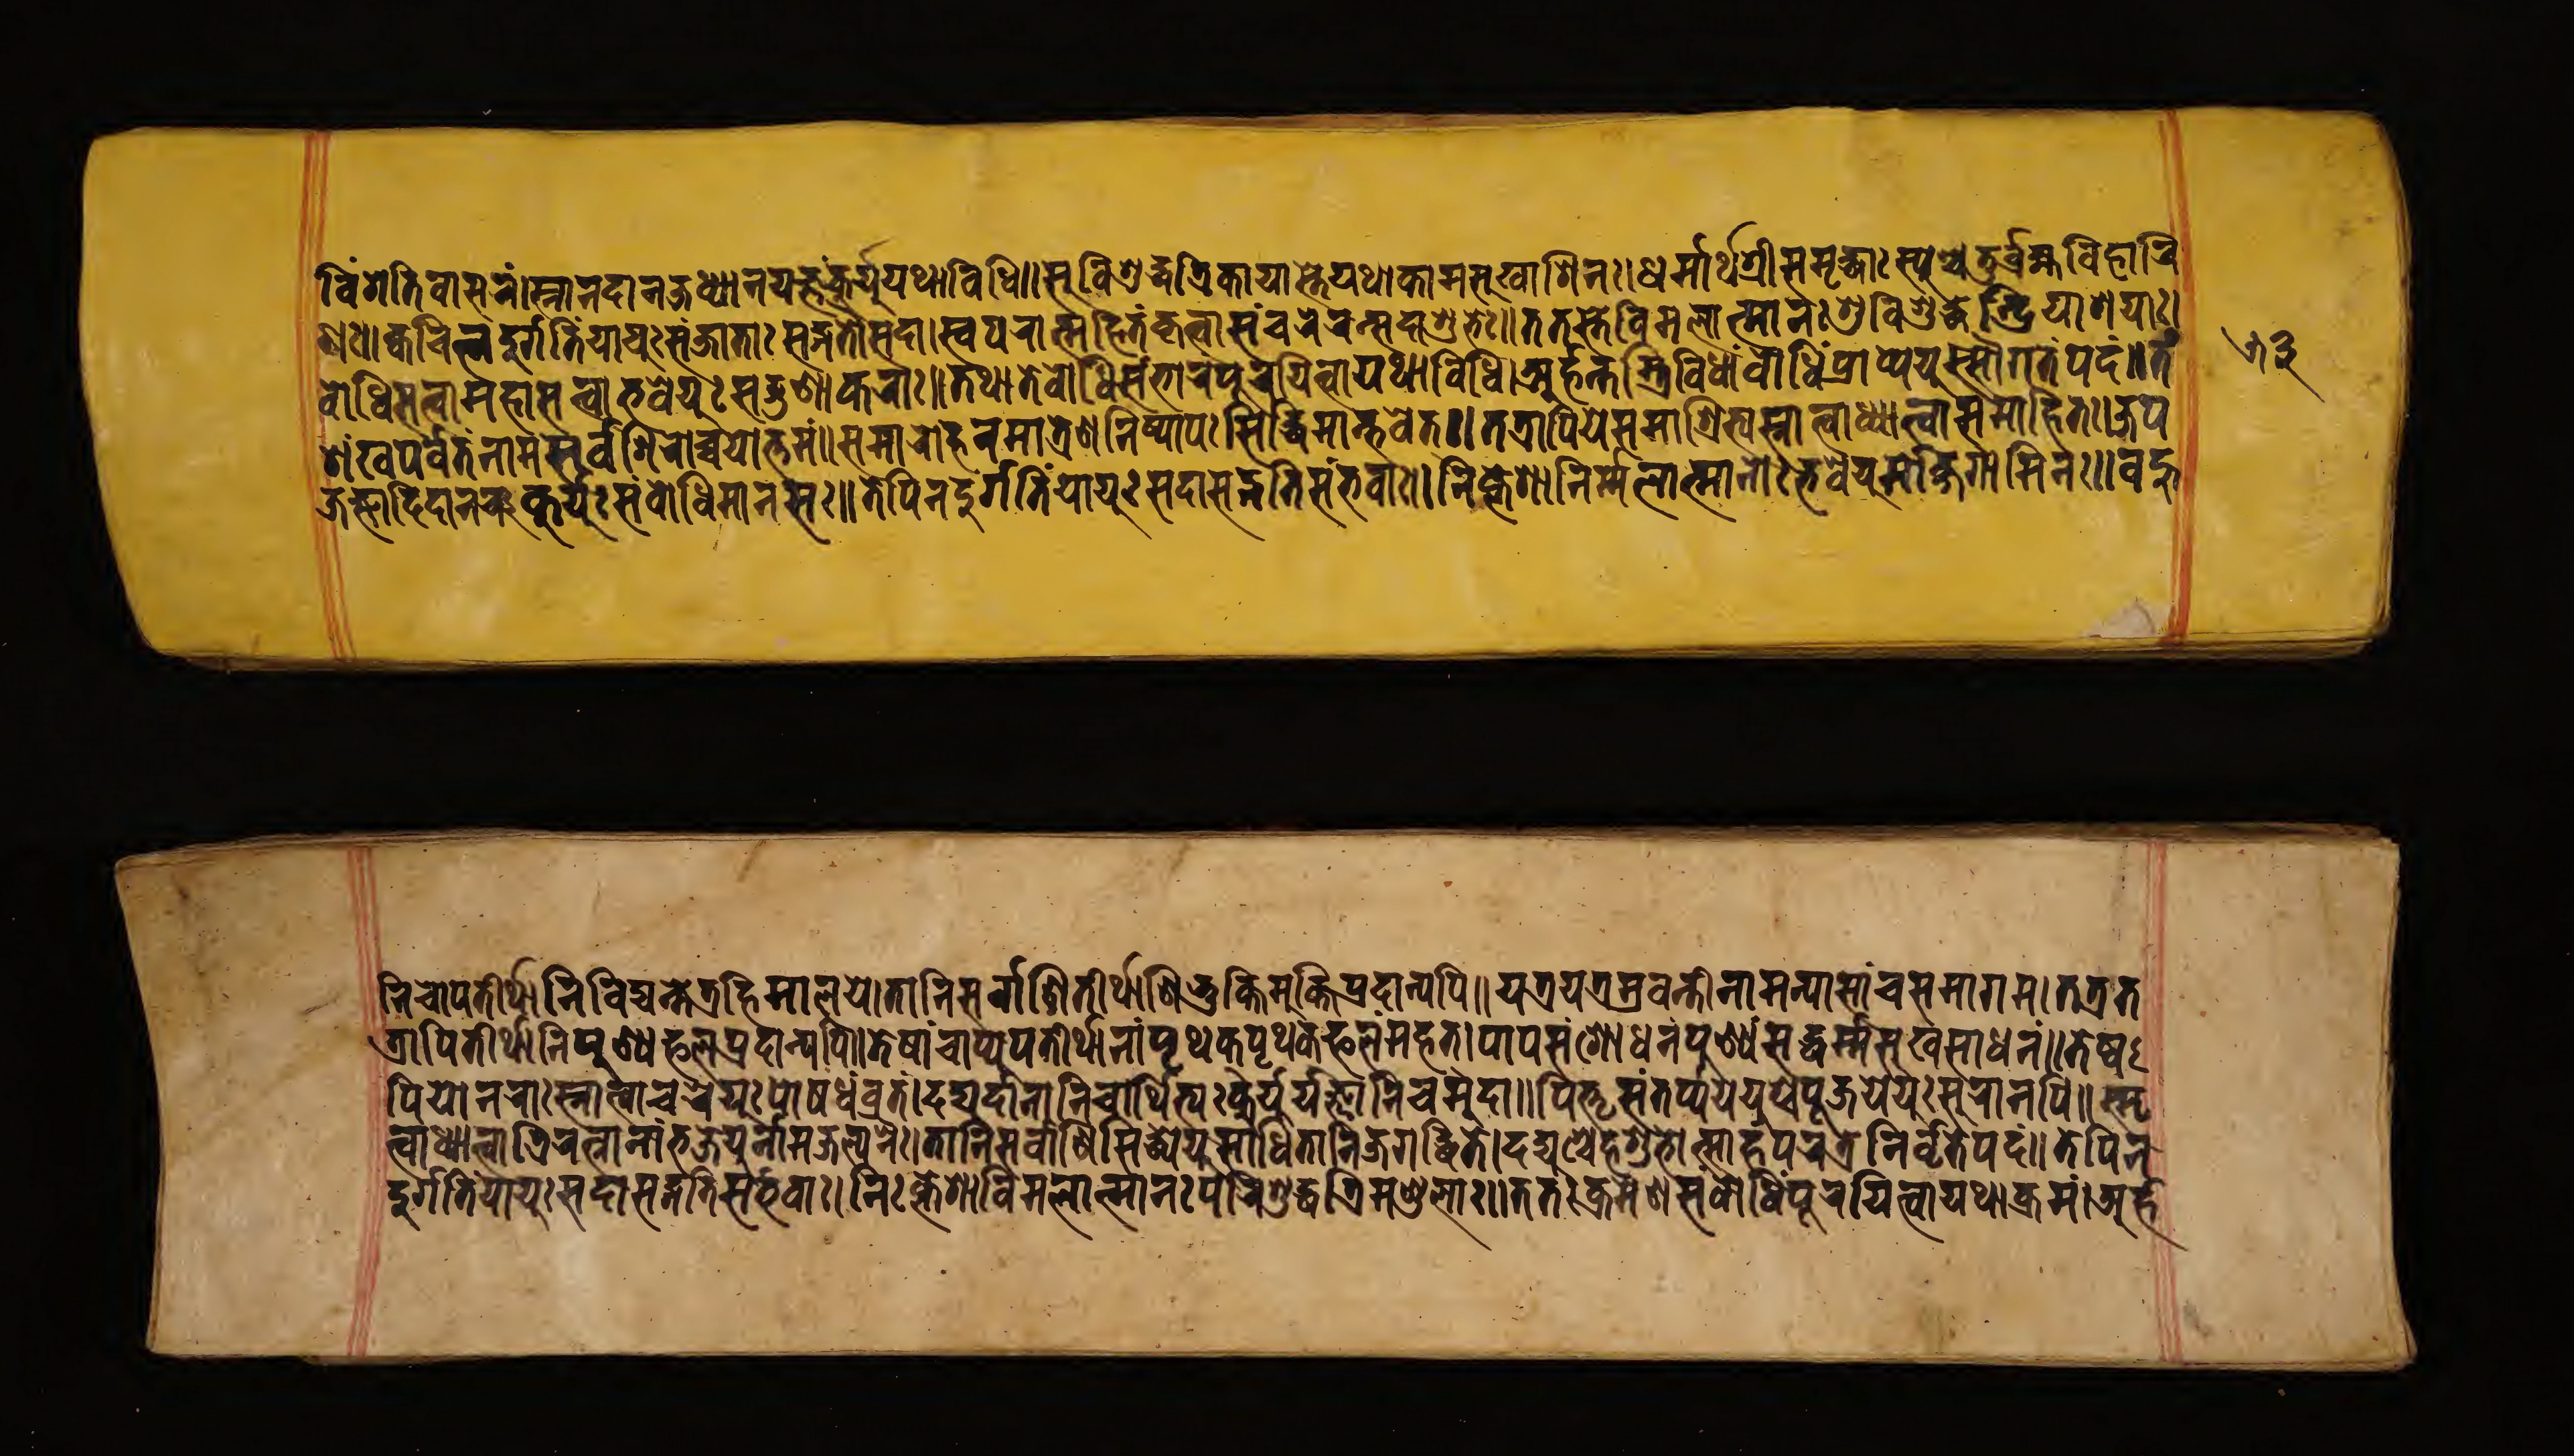
𑐰𑐶𑑄𑐳𑐟𑐶𑐰𑐵𑐳𑐬𑑄।𑐳𑑂𑐣𑐵𑐣𑐡𑐵𑐣𑐖𑐥𑐢𑑂𑐫𑐵𑐣𑑄𑐫𑐖𑑂𑐘𑑄𑐎𑐸𑐬𑑂𑐫𑐸𑐬𑑂𑐫𑐸𑐫𑐠𑐵𑐰𑐶𑐢𑐶𑑅॥𑐱𑐸𑐰𑐶𑐱𑐸𑐡𑑂𑐢𑐟𑑂𑐬𑐶𑐎𑐵𑐫𑐵𑐳𑑂𑐟𑐾𑐫𑐠𑐵𑐎𑐵𑐩𑐳𑐸𑐏𑐵𑐱𑐶𑐣𑑅॥𑐢𑐩𑐵𑐬𑑂𑐠𑑄𑐱𑑂𑐬𑐷𑐳𑐩𑐺𑐡𑑂𑐢𑐵𑑅𑐳𑑂𑐫𑐸𑐱𑑂𑐔𑐟𑐸𑐬𑑂𑐧𑑂𑐬𑐴𑑂𑐩𑐰𑐶𑐴𑐵𑐬𑐶 𑐞𑑅॥𑐎𑑂𑐰𑐔𑐶𑐣𑑂𑐣𑐡𑐸𑐬𑑂𑐐𑑂𑐐𑐟𑐶𑑄𑐫𑐵𑐫𑐸𑑅𑐳𑑄𑐖𑐵𑐟𑐵𑐳𑐡𑑂𑐐𑐟𑑀𑐳𑐡𑐵।𑐳𑑂𑐰𑐥𑐬𑐵𑐟𑑂𑐩𑐴𑐶𑐟𑑄𑐎𑐺𑐟𑑂𑐰𑐵𑐳𑑄𑐔𑐬𑐾𑐣𑑂𑐳𑐡𑐵𑐱𑐸𑐨𑐾॥𑐟𑐟𑐳𑑂𑐟𑐾𑐰𑐶𑐩𑐮𑐵𑐟𑑂𑐩𑐵𑐣𑑀𑐳𑐸𑐰𑐶𑐱𑐸𑐡𑑂𑐢𑐾𑐣𑑂𑐡𑑂𑐬𑐶𑐫𑐵𑐱𑐫𑐵𑑅। 𑐧𑑀𑐢𑐶𑐳𑐟𑑂𑐟𑑂𑐰𑐵𑐩𑐴𑐵𑐳𑐟𑑂𑐟𑑂𑐰𑐵𑑅𑐨𑐰𑐾𑐫𑐸𑑅𑐳𑐡𑑂𑐐𑐸𑐞𑐵𑐎𑐬𑐵𑑅॥𑐟𑐠𑐵𑐟𑐾𑐧𑑀𑐢𑐶𑐳𑑄𑐨𑐵𑐬𑑄𑐥𑐹𑐬𑐫𑐶𑐟𑑂𑐰𑐵𑐫𑐠𑐵𑐰𑐶𑐢𑐶𑑅।𑐀𑐬𑑂𑐴𑐣𑑂𑐟𑐳𑑂𑐟𑑂𑐬𑐶𑐰𑐶𑐢𑐵𑑄𑐧𑑀𑐢𑐶𑐥𑑂𑐬𑐵𑐥𑑂𑐫𑐾𑐫𑐸𑑅𑐳𑑁𑐐𑐟𑑄𑐥𑐡𑑄॥𑐟𑑄 𑐱𑑄𑐏𑐥𑐬𑑂𑐰𑐟𑐣𑐵𑐩𑐳𑐬𑑂𑐰𑐱𑐶𑐮𑑀𑐔𑑂𑐔𑐫𑑀𑐟𑑂𑐟𑐩𑑄॥𑐳𑐩𑐵𑐬𑑀𑐴𑐞𑐩𑐵𑐟𑑂𑐬𑐾𑐞𑐣𑐶𑐲𑑂𑐞𑐵𑐫𑐾𑑅𑐳𑐶𑐡𑑂𑐢𑐶𑐩𑐵𑐣𑑂𑐨𑐰𑐾𑐟𑑂॥𑐟𑐟𑑂𑐬𑐵𑐥𑐶𑐫𑐾𑐳𑐩𑐵𑐱𑑂𑐬𑐶𑐟𑑂𑐫𑐳𑑂𑐣𑐵𑐟𑑂𑐰𑐵𑐢𑑂𑐫𑐵𑐟𑑂𑐰𑐵𑐳𑐩𑐵𑐴𑐶𑐟𑑅।𑐖𑐥𑐫 𑐖𑑂𑐘𑐵𑐡𑐶𑐡𑐵𑐣𑑄𑐔𑐎𑐸𑐬𑑂𑐫𑐸𑑅𑐳𑑄𑐧𑑀𑐢𑐶𑐩𑐵𑐣𑐳𑐵𑑅॥𑐟𑐾𑐥𑐶𑐣𑐡𑐸𑐬𑑂𑐐𑐟𑐶𑑄𑐫𑐵𑐫𑐸𑑅𑐳𑐡𑐵𑐳𑐡𑑂𑐐𑐟𑐶𑐳𑑄𑐨𑐰𑐵𑑅॥𑐣𑐶𑑅𑐎𑑂𑐮𑐾𑐱𑐵𑐣𑐶𑐬𑑂𑐩𑑂𑐩𑐮𑐵𑐟𑑂𑐩𑐵𑐣𑑅𑐨𑐰𑐾𑐫𑐸𑐬𑑂𑐩𑑀𑐖𑐐𑐵𑐩𑐶𑐣𑑅॥𑐰𑐴𑐹 𑐣𑐶𑐔𑑀𑐥𑐟𑐷𑐬𑑂𑐠𑐵𑐣𑐶𑐰𑐶𑐡𑑂𑐫𑐣𑑂𑐟𑐾𑐟𑑂𑐬𑐴𑐶𑐩𑐵𑐮𑐫𑐾।𑐟𑐵𑐣𑐶𑐟𑐷𑐬𑑂𑐠𑐵𑐣𑐶𑐳𑐬𑑂𑐰𑐵𑐞𑐶𑐨𑐸𑐎𑑂𑐟𑐶𑐩𑐸𑐎𑑂𑐟𑐶𑐥𑑂𑐬𑐡𑐵𑐣𑑂𑐫𑐥𑐶॥𑐫𑐟𑑂𑐬𑐫𑐟𑑂𑐬𑐱𑑂𑐬𑐰𑐣𑑂𑐟𑐷𑐣𑐵𑐩𑐣𑑂𑐫𑐾𑐲𑐵𑑄𑐔𑐳𑐩𑐵𑐐𑐩।𑐟𑐟𑑂𑐬𑐟 𑐟𑑂𑐬𑐵𑐥𑐶𑐟𑐷𑐬𑑂𑐠𑐵𑐣𑐶𑐥𑐸𑐞𑑂𑐫𑐦𑐮𑐥𑑂𑐬𑐡𑐵𑐣𑑂𑐫𑐥𑐶॥𑐟𑐾𑐲𑐵𑑄𑐔𑐵𑐥𑑂𑐫𑐸𑐥𑐟𑐷𑐬𑑂𑐠𑐵𑐣𑐵𑑄𑐥𑐺𑐠𑐎𑑂𑐥𑐺𑐠𑐟𑑂𑐦𑐮𑑄𑐩𑐴𑐟𑑂।𑐥𑐵𑐥𑐳𑑄𑐱𑑀𑐢𑐣𑑄𑐥𑐸𑐞𑑂𑐫𑑄𑐳𑐡𑑂𑐢𑐬𑑂𑐩𑑂𑐩𑐳𑐸𑐏𑐳𑐵𑐢𑐣𑑄॥𑐟𑐾𑐲𑑂𑐰 𑐥𑐶𑐫𑐾𑐣𑐬𑐵𑑅𑐳𑑂𑐣𑐵𑐟𑑂𑐰𑐵𑐔𑐬𑐾𑐫𑐸𑐥𑑀𑐲𑐝𑑄𑐰𑑂𑐬𑐟𑑄।𑐡𑐡𑑂𑐫𑐸𑐬𑑂𑐡𑐵𑐣𑐵𑐣𑐶𑐔𑐵𑐬𑑂𑐠𑐶𑐨𑑂𑐫𑑄𑐎𑐸𑐬𑑂𑐫𑐸𑐬𑑂𑐫𑐖𑑂𑐘𑐵𑐣𑐶𑐔𑐫𑐾𑐩𑐸𑐡𑐵॥𑐥𑐶𑐟𑐺𑐳𑑄𑐟𑐬𑑂𑐥𑑂𑐫𑐫𑐾𑐫𑐸𑐱𑑂𑐔𑐥𑐹𑐖𑐫𑐾𑐫𑐸𑑅𑐳𑐸𑐬𑐵𑐣𑐥𑐶॥𑐳𑑂𑐩𑐺 𑐟𑑂𑐰𑐵𑐢𑑂𑐫𑐵𑐟𑑂𑐰𑐵𑐟𑑂𑐬𑐶𑐬𑐟𑑂𑐣𑐵𑐣𑐵𑑄𑐨𑐖𑐾𑐫𑐸𑐣𑐾𑐩𑐶𑐖𑐮𑑂𑐫𑐣𑐿𑑅।𑐟𑐵𑐣𑐶𑐳𑐬𑑂𑐰𑐵𑐣𑐶𑐳𑐶𑐢𑑂𑐫𑐾𑐫𑐸𑑅𑐳𑐵𑐢𑐶𑐟𑐵𑐣𑐶𑐖𑐐𑐡𑑂𑐢𑐶𑐟𑐾।𑐡𑐡𑑂𑐫𑐸𑐱𑑂𑐔𑐾𑐴𑐱𑐸𑐨𑑀𑐟𑑂𑐳𑐵𑐴𑑄𑐥𑐬𑐟𑑂𑐬𑐣𑐶𑐬𑑂𑐰𑐺𑐟𑑄𑐥𑐡𑑄॥𑐟𑐾𑐥𑐶𑐣 𑐡𑐸𑐬𑑂𑐐𑐟𑐶𑑄𑐫𑐵𑐫𑐸𑑅𑐳𑐡𑐵𑐳𑐡𑑂𑐐𑐟𑐶𑐳𑑄𑐨𑐰𑐵𑑅॥𑐣𑐶𑑅𑐎𑑂𑐮𑐾𑐱𑐵𑐰𑐶𑐩𑐮𑐵𑐟𑑂𑐩𑐵𑐣𑑅𑐥𑐬𑐶𑐱𑐸𑐡𑑂𑐢𑐵𑐟𑑂𑐬𑐶𑐩𑐞𑑂𑐜𑐮𑐵𑑅॥𑐟𑐟𑑅𑐎𑑂𑐬𑐩𑐾𑐱𑐳𑑄𑐧𑑀𑐢𑐶𑐥𑐹𑐬𑐫𑐶𑐟𑑂𑐰𑐵𑐫𑐠𑐵𑐎𑑂𑐬𑐩𑑄।𑐀𑐬𑑂𑐴 𑑕𑑓